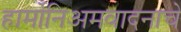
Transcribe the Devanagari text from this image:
हार्मोनिअमवादनाचे